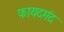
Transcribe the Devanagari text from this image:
फायदमंद